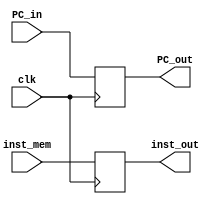
`timescale 1ns / 1ps
//////////////////////////////////////////////////////////////////////////////////
// Company: 
// Engineer: 
// 
// Design Name: 
// Module Name: buffer
// Project Name: 
// Target Devices: 
// Tool Versions: 
// Description: 
// 
// Dependencies: 
// 
// Revision:
// Revision 0.01 - File Created
// Additional Comments:
// 
//////////////////////////////////////////////////////////////////////////////////

//This is the buffer for IF to ID
module IF_ID(clk, PC_in, inst_mem, PC_out, inst_out);
    input [31:0] PC_in;
    input [31:0] inst_mem;
    input clk;
    output reg [31:0] PC_out;
    output reg [31:0] inst_out;
    
    always@(posedge clk)
        begin
             PC_out = PC_in;
             inst_out = inst_mem;
        end
    
endmodule

//This is the buffer for ID to EX
module ID_EX_M(clk, PC_in, data1, data2, imm_in, IDrd, ALUSrc_in, ALUOp_in, MemRead_in, MemWrite_in, PC_Control_in,  MemtoReg_in, Jump_in, RegWrite_in, JumpM_in, PC_out, reg1, reg2, imm_out, EXrd, ALUSrc_out, ALUOp_out, MemRead_out, MemWrite_out, PC_Control_out, MemtoReg_out, Jump_out, RegWrite_out, JumpM_out);
    input [31:0] PC_in;
    input [31:0] data1;
    input [31:0] data2;
    input [31:0] imm_in;
    input ALUSrc_in;
    input [2:0] ALUOp_in;
    input MemRead_in;
    input MemWrite_in;
    input PC_Control_in;
    input MemtoReg_in;
    input Jump_in;
    input RegWrite_in;
    input JumpM_in;
    input clk;
    input [5:0] IDrd;
    output reg [31:0] PC_out;
    output reg [31:0] reg1;
    output reg [31:0] reg2;
    output reg [31:0] imm_out;
    output reg ALUSrc_out;
    output reg [2:0] ALUOp_out;
    output reg MemRead_out;
    output reg MemWrite_out;
    output reg PC_Control_out;
    output reg MemtoReg_out;
    output reg Jump_out;
    output reg RegWrite_out;
    output reg JumpM_out;
    output reg [5:0] EXrd;
    
    always@(posedge clk)
        begin
             PC_out = PC_in;
             reg1 = data1;
             reg2 = data2;
             imm_out = imm_in;
             ALUSrc_out = ALUSrc_in;
             ALUOp_out = ALUOp_in;
             MemRead_out = MemRead_in;
             MemWrite_out = MemWrite_in;
             PC_Control_out = PC_Control_in;
             MemtoReg_out = MemtoReg_in;
             Jump_out = Jump_in;
             RegWrite_out = RegWrite_in;
             JumpM_out = JumpM_in;
             EXrd = IDrd;
        end
endmodule 

//This is the buffer for EX to MEM
module EX_M_WB (clk, Zero_in, Neg_in, ALU_in, reg2_in, EXrd, MemtoReg_in, Jump_in, RegWrite_in, JumpM_in, Zero_out, Neg_out, ALU_out, reg2_out, WBrd, MemtoReg_out, Jump_out, RegWrite_out, JumpM_out);
    input Zero_in;
    input Neg_in;
    input [31:0] ALU_in;
    input [31:0] reg2_in;
    input MemtoReg_in;
    input Jump_in;
    input RegWrite_in;
    input JumpM_in;
    input clk;
    input [5:0] EXrd;
    output reg Zero_out;
    output reg Neg_out;
    output reg [31:0] ALU_out;
    output reg [31:0] reg2_out;
    output reg MemtoReg_out;
    output reg Jump_out;
    output reg RegWrite_out;
    output reg JumpM_out;
    output reg [5:0] WBrd;
    
    always@(posedge clk)
        begin
             Zero_out = Zero_in;
             Neg_out = Neg_in;
             reg2_out = reg2_in;
             ALU_out = ALU_in;
             MemtoReg_out = MemtoReg_in;
             Jump_out = Jump_in;
             JumpM_out = JumpM_in;
             RegWrite_out = RegWrite_in;
             WBrd = EXrd;
        end
endmodule